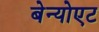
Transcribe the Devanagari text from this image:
बेन्योएट